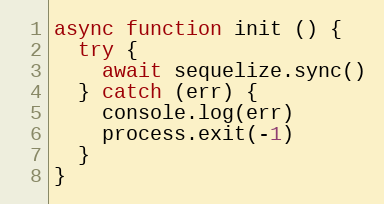
Language: JavaScript
async function init () {
  try {
    await sequelize.sync()
  } catch (err) {
    console.log(err)
    process.exit(-1)
  }
}